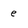
Character: e